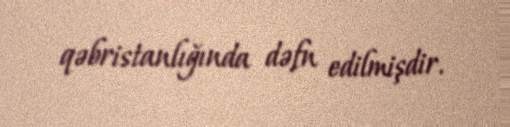
qəbristanlığında dəfn edilmişdir.